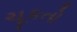
ચૂકતો